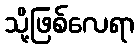
သို့ဖြစ်လေရာ